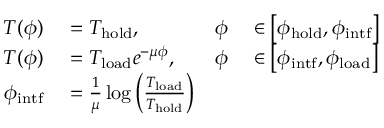
\begin{array} { r l r l } { T ( \phi ) } & { { } = T _ { \mathrm { h o l d } } , } & { \phi } & { { } \in \left[ \phi _ { \mathrm { h o l d } } , \phi _ { \mathrm { i n t f } } \right] } \\ { T ( \phi ) } & { { } = T _ { \mathrm { l o a d } } e ^ { - \mu \phi } , } & { \phi } & { { } \in \left[ \phi _ { \mathrm { i n t f } } , \phi _ { \mathrm { l o a d } } \right] } \\ { \phi _ { \mathrm { i n t f } } } & { { } = { \frac { 1 } { \mu } } \log \left( { \frac { T _ { \mathrm { l o a d } } } { T _ { \mathrm { h o l d } } } } \right) } & { } \end{array}